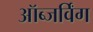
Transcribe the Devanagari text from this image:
ऑब्जर्विंग